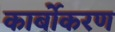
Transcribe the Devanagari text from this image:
कार्बोकरण